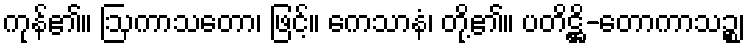
ကုန်၏။ ဩကာသတော၊ ဖြင့်။ ကေသာနံ၊ တို့၏။ ပတိဋ္ဌိ-တောကာသဉ္စ၊